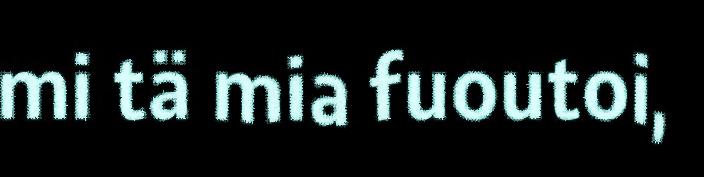
mi tä mia fuoutoi,